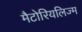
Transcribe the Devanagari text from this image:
मैटोरियलिज्म